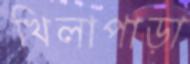
খিলাপাড়া